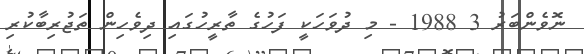
ނޮވެންބަރު 3 1988 - މި ދުވަހަކީ ފަހުގެ ތާރީހުގައި ދިވެހިން ތަޖުރިބާކުރި